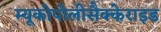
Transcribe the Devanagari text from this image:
म्यूकोपोलीसैक्केराइड